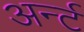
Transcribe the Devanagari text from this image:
अर्न्ट